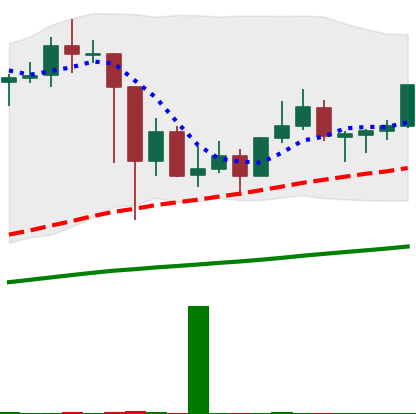
Ticker: LINK-USD
Chart end date: 2021-03-08
Forward return: -6.054%
Label: down_5_7